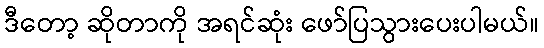
ဒီတော့ ဆိုတာကို အရင်ဆုံး ဖော်ပြသွားပေးပါမယ်။